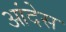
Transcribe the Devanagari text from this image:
आंदेस